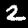
Label: 2